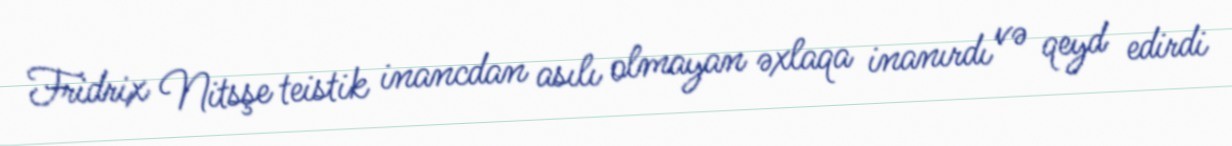
Fridrix Nitsşe teistik inancdan asılı olmayan əxlaqa inanırdı və qeyd edirdi